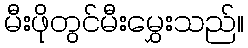
မီးဖိုတွင်မီးမွှေးသည်။